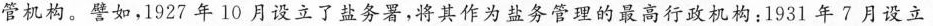
管机构。譬如，1927年10月设立了盐务署，将其作为盐务管理的最高行政机构：1931年7月设立